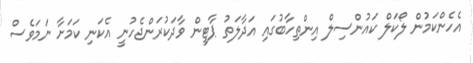
އެހެންކަމުން ލޯކަލް ކައުންސިލް އިންތިހާބުގައި އަދާލަތު ޕާޓީން ވާދަކުރަންޖެހުނީ އެކަނި ކަމަށާ ނަމަވެސް